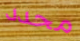
محدد